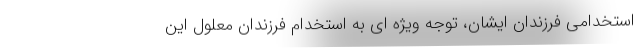
استخدامی فرزندان ایشان، توجه ویژه ای به استخدام فرزندان معلول این